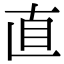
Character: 直